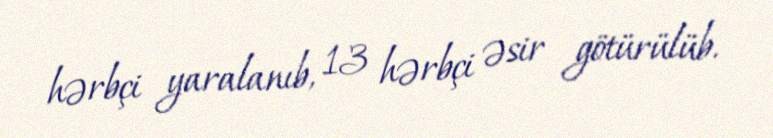
hərbçi yaralanıb, 13 hərbçi əsir götürülüb.